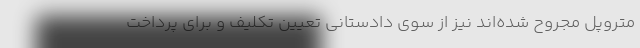
متروپل مجروح شده‌اند نیز از سوی دادستانی تعیین تکلیف و برای پرداخت